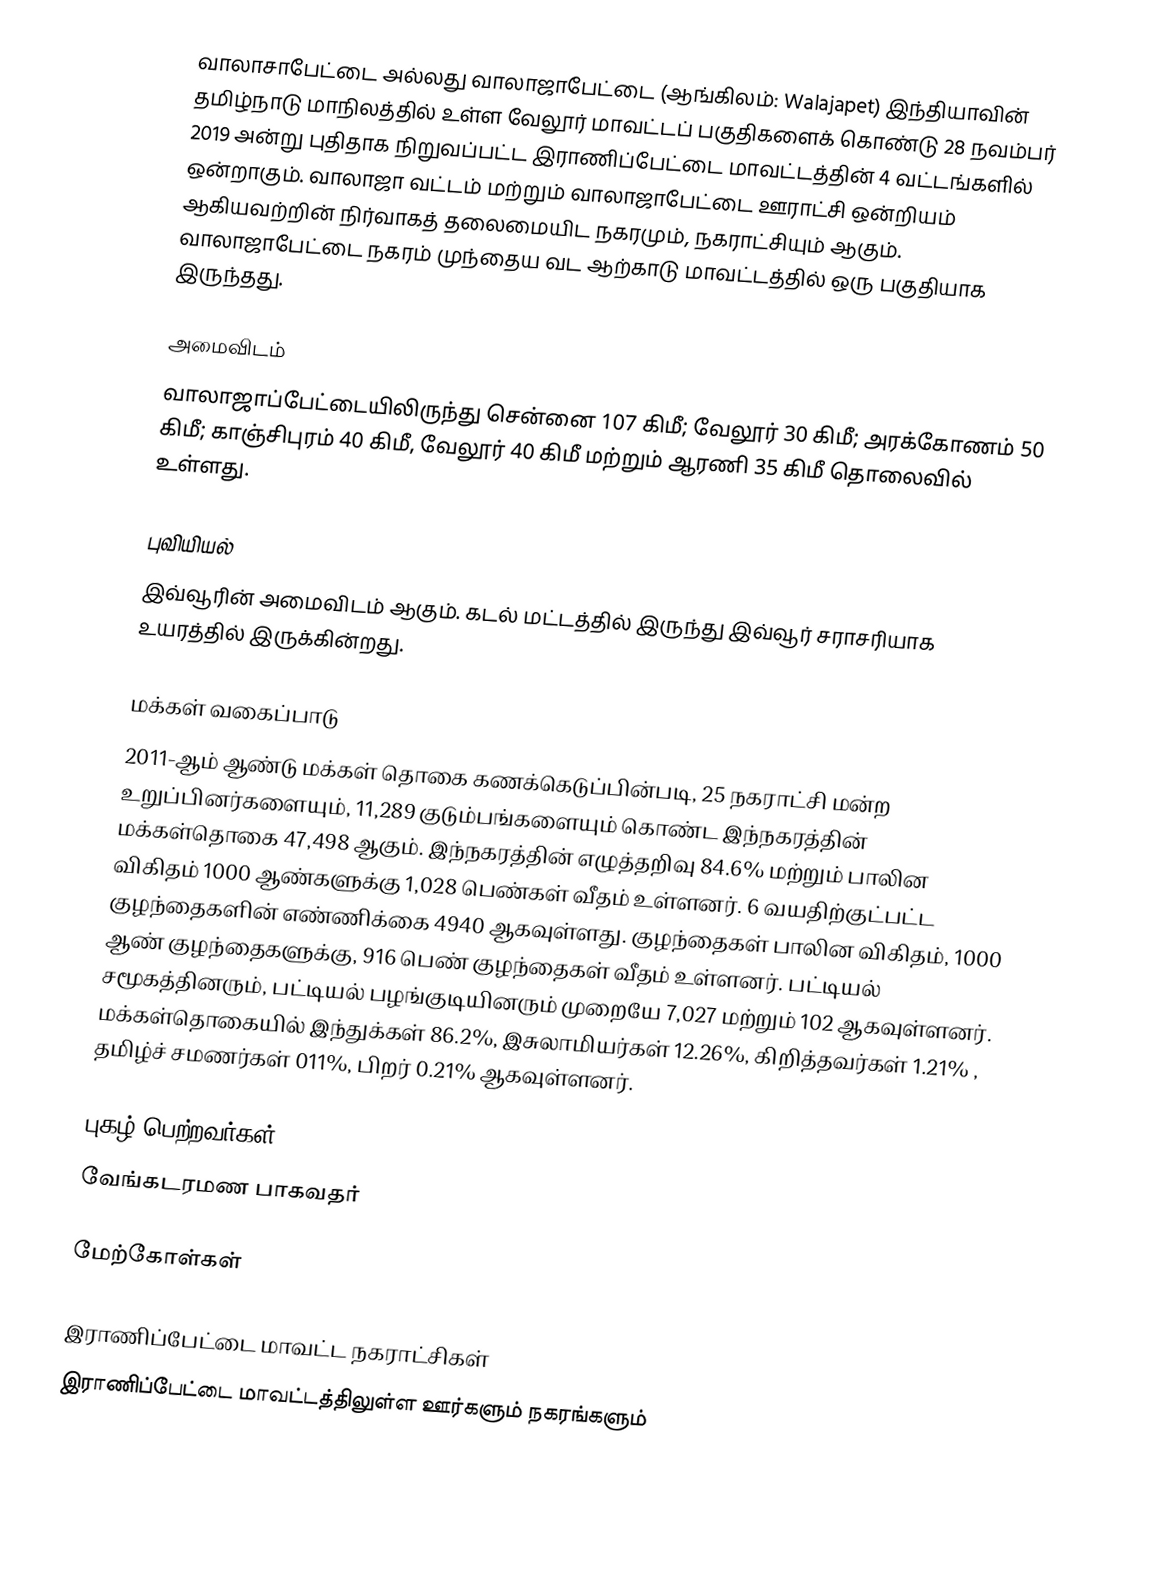
வாலாசாபேட்டை அல்லது வாலாஜாபேட்டை (ஆங்கிலம்: Walajapet) இந்தியாவின் தமிழ்நாடு மாநிலத்தில் உள்ள வேலூர் மாவட்டப் பகுதிகளைக் கொண்டு 28 நவம்பர் 2019 அன்று புதிதாக நிறுவப்பட்ட இராணிப்பேட்டை மாவட்டத்தின் 4  வட்டங்களில் ஒன்றாகும். வாலாஜா வட்டம்  மற்றும் வாலாஜாபேட்டை ஊராட்சி ஒன்றியம் ஆகியவற்றின் நிர்வாகத் தலைமையிட நகரமும், நகராட்சியும் ஆகும். வாலாஜாபேட்டை நகரம் முந்தைய வட ஆற்காடு மாவட்டத்தில் ஒரு பகுதியாக இருந்தது.

அமைவிடம்
வாலாஜாப்பேட்டையிலிருந்து சென்னை 107 கிமீ; வேலூர் 30 கிமீ; அரக்கோணம் 50 கிமீ; காஞ்சிபுரம் 40 கிமீ, வேலூர் 40 கிமீ மற்றும் ஆரணி 35 கிமீ தொலைவில் உள்ளது.

புவியியல்
இவ்வூரின் அமைவிடம்  ஆகும். கடல் மட்டத்தில் இருந்து இவ்வூர் சராசரியாக  உயரத்தில் இருக்கின்றது.

மக்கள் வகைப்பாடு
2011-ஆம் ஆண்டு மக்கள் தொகை கணக்கெடுப்பின்படி, 25  நகராட்சி மன்ற உறுப்பினர்களையும், 11,289 குடும்பங்களையும் கொண்ட இந்நகரத்தின் மக்கள்தொகை 47,498  ஆகும். இந்நகரத்தின் எழுத்தறிவு 84.6% மற்றும் பாலின விகிதம் 1000 ஆண்களுக்கு 1,028 பெண்கள் வீதம் உள்ளனர். 6 வயதிற்குட்பட்ட குழந்தைகளின் எண்ணிக்கை 4940 ஆகவுள்ளது. குழந்தைகள் பாலின விகிதம், 1000 ஆண் குழந்தைகளுக்கு,  916   பெண் குழந்தைகள் வீதம் உள்ளனர். பட்டியல் சமூகத்தினரும், பட்டியல் பழங்குடியினரும் முறையே 7,027  மற்றும் 102 ஆகவுள்ளனர். மக்கள்தொகையில் இந்துக்கள்  86.2%,  இசுலாமியர்கள் 12.26%, கிறித்தவர்கள் 1.21% , தமிழ்ச் சமணர்கள் 011%, பிறர் 0.21% ஆகவுள்ளனர்.

புகழ் பெற்றவர்கள்
 வேங்கடரமண பாகவதர்

மேற்கோள்கள்

இராணிப்பேட்டை மாவட்ட நகராட்சிகள்
இராணிப்பேட்டை மாவட்டத்திலுள்ள ஊர்களும் நகரங்களும்